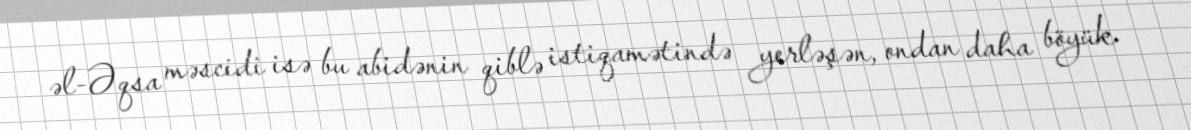
əl-Əqsa məscidi isə bu abidənin qiblə istiqamətində yerləşən, ondan daha böyük